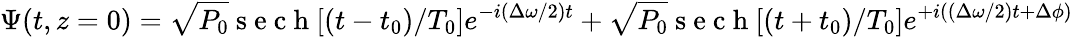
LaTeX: \Psi(t,z=0)=\sqrt{P_{0}}\mathrm{~s~e~c~h~}[(t-t_{0})/T_{0}]e^{-i(\Delta\omega/2)t}+\sqrt{P_{0}}\mathrm{~s~e~c~h~}[(t+t_{0})/T_{0}]e^{+i((\Delta\omega/2)t+\Delta\phi)}